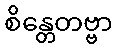
စိန္တေတဗ္ဗာ